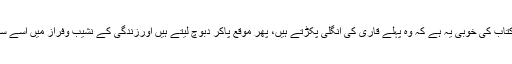
محمدانورعباسی کی اس کتاب کی خوبی یہ ہے کہ وہ پہلے قاری کی انگلی پکڑتے ہیں، پھر موقع پاکر دبوچ لیتے ہیں اورزندگی کے نشیب وفراز میں اُسے ساتھ ساتھ لیے پھرتے ہیں۔